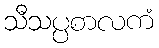
သီသပ္ပစာလကံ